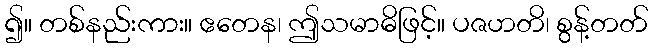
၍။ တစ်နည်းကား။ ဧတေန၊ ဤသမာဓိဖြင့်။ ပဇဟတိ၊ စွန့်တတ်